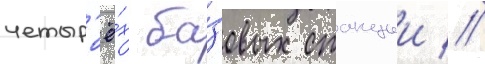
четыр'ё́х ба́зовых станции //